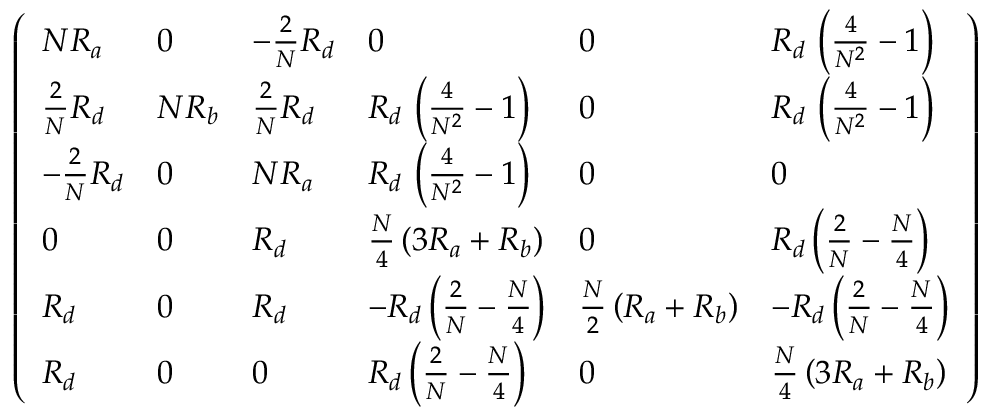
\left( \begin{array} { l l l l l l } { { N R _ { a } } } & { { 0 } } & { { - \frac { 2 } { N } R _ { d } } } & { { 0 } } & { { 0 } } & { { R _ { d } \, \left( \frac { 4 } { N ^ { 2 } } - 1 \right) } } \\ { { \frac { 2 } { N } R _ { d } } } & { { N R _ { b } } } & { { \frac { 2 } { N } R _ { d } } } & { { R _ { d } \, \left( \frac { 4 } { N ^ { 2 } } - 1 \right) } } & { { 0 } } & { { R _ { d } \, \left( \frac { 4 } { N ^ { 2 } } - 1 \right) } } \\ { { - \frac { 2 } { N } R _ { d } } } & { { 0 } } & { { N R _ { a } } } & { { R _ { d } \, \left( \frac { 4 } { N ^ { 2 } } - 1 \right) } } & { { 0 } } & { { 0 } } \\ { { 0 } } & { { 0 } } & { { R _ { d } } } & { { \frac { N } { 4 } \left( 3 R _ { a } + R _ { b } \right) } } & { { 0 } } & { { R _ { d } \left( \frac { 2 } { N } - \frac { N } { 4 } \right) } } \\ { { R _ { d } } } & { { 0 } } & { { R _ { d } } } & { { - R _ { d } \left( \frac { 2 } { N } - \frac { N } { 4 } \right) } } & { { \frac { N } { 2 } \left( R _ { a } + R _ { b } \right) } } & { { - R _ { d } \left( \frac { 2 } { N } - \frac { N } { 4 } \right) } } \\ { { R _ { d } } } & { { 0 } } & { { 0 } } & { { R _ { d } \left( \frac { 2 } { N } - \frac { N } { 4 } \right) } } & { { 0 } } & { { \frac { N } { 4 } \left( 3 R _ { a } + R _ { b } \right) } } \end{array} \right)